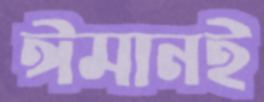
ঈমানই